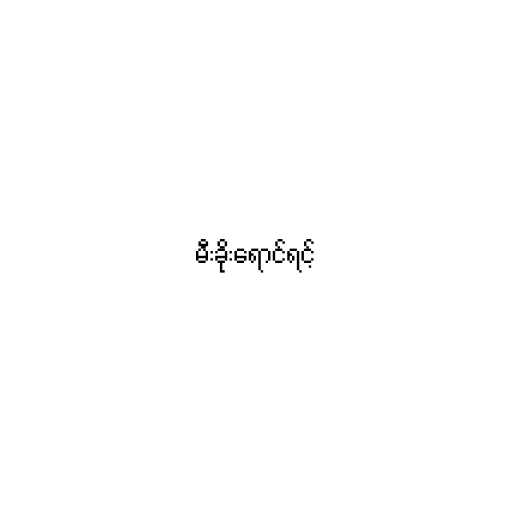
မီးခိုးရောင်ရင့်